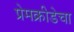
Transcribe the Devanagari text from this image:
प्रेमक्रीडेचा